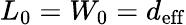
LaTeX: L_{0}=W_{0}=d_{\mathrm{eff}}